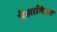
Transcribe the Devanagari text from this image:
पेलागिउस